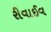
રીવાઈવ